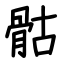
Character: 骷